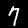
Label: 7